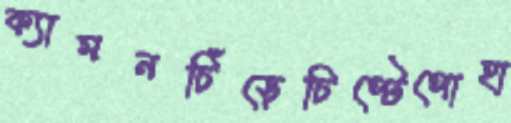
ক্যামনচিঁড়েচিপ্টেপোহা